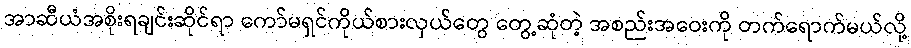
အာဆီယံအစိုးရချင်းဆိုင်ရာ ကော်မရှင်ကိုယ်စားလှယ်တွေ တွေ့ဆုံတဲ့ အစည်းအဝေးကို တက်ရောက်မယ်လို့